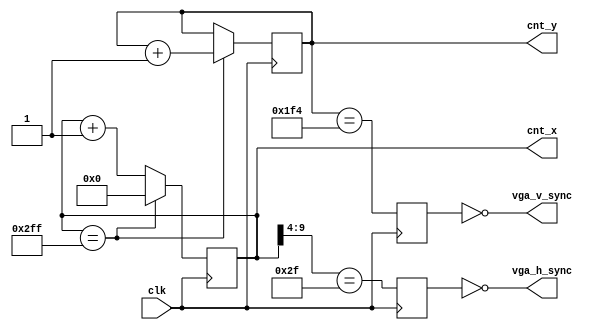
module hvsync_generator(clk, vga_h_sync, vga_v_sync, cnt_x, cnt_y);
input clk;
output vga_h_sync, vga_v_sync;
output [9:0] cnt_x;
output [8:0] cnt_y;

//////////////////////////////////////////////////
reg [9:0] cnt_x; // x position goes from 0 to 766.
reg [8:0] cnt_y; // y position goes from 0 to 511.

// 32.5 kHz signal
wire clk_x = (cnt_x==767);

always @(posedge clk)
if(clk_x)
	cnt_x <= 0;
else
	cnt_x <= cnt_x + 1;

always @(posedge clk)
if(clk_x) cnt_y <= cnt_y + 1;

reg	vga_HS, vga_VS;
always @(posedge clk)
begin
	vga_HS <= (cnt_x[9:4]==47); // change this value to move the display horizontally
	vga_VS <= (cnt_y==500); // change this value to move the display vertically
end
	
assign vga_h_sync = ~vga_HS;
assign vga_v_sync = ~vga_VS;

endmodule